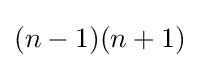
(n-1)(n+1)